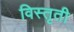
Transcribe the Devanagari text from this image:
विस्तृती